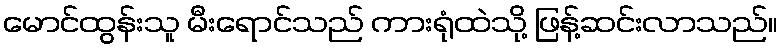
မောင်ထွန်းသူ မီးရောင်သည် ကားရုံထဲသို့ ဖြန့်ဆင်းလာသည်။